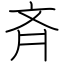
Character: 斉